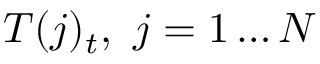
T ( j ) _ { t } , \ j = 1 \ldots N